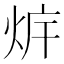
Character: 𰞛